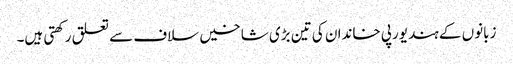
زبانوں کے ہند یورپی خاندان کی تین بڑی شاخیں سلاف سے تعلق رکھتی ہیں۔